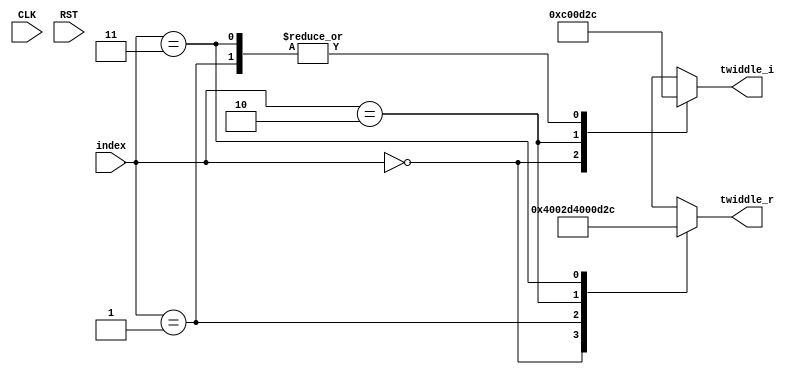
module twiddle_rom_8_11
  (
   input CLK,
   input RST,

   input [1:0] index,
   output signed [11:0] twiddle_r,
   output signed [11:0] twiddle_i
   );

  wire signed [11:0] romr[0:3];
  wire signed [11:0] romi[0:3];

     assign romr[0] = 1024;
     assign romi[0] = 0;
     assign romr[1] = 724;
     assign romi[1] = -724;
     assign romr[2] = 0;
     assign romi[2] = -1024;
     assign romr[3] = -724;
     assign romi[3] = -724;
  
     assign twiddle_r = romr[index];
     assign twiddle_i = romi[index];
endmodule